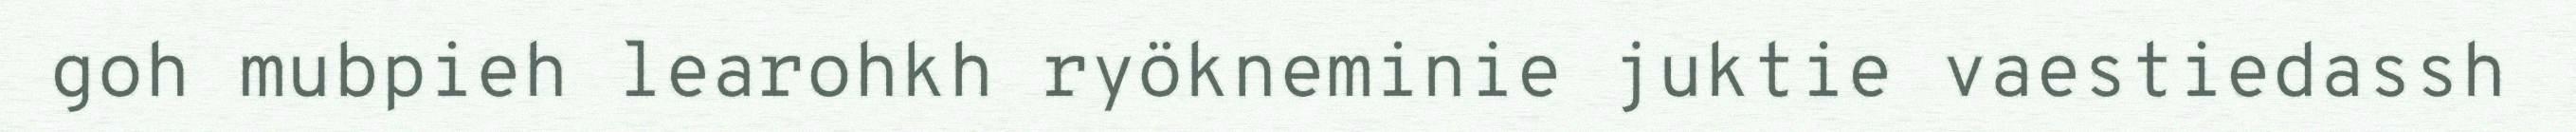
goh mubpieh learohkh ryökneminie juktie vaestiedassh